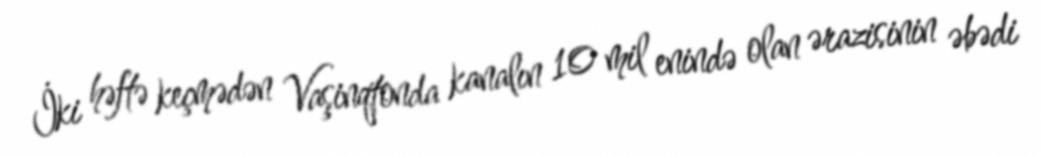
İki həftə keçmədən Vaşinqtonda kanalın 10 mil enində olan ərazisinin əbədi